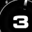
Digit: 3